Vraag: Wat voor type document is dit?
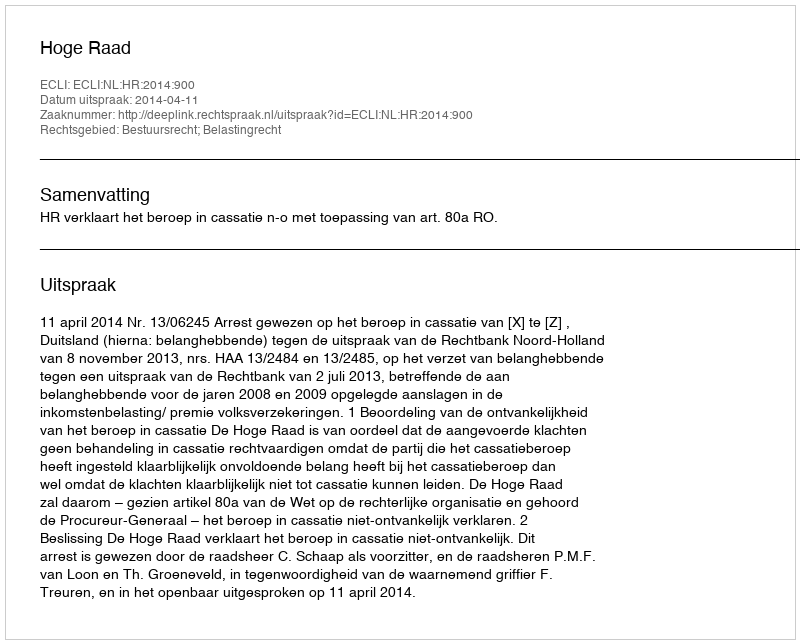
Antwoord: Uitspraak